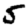
Digit: 5